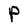
Character: P